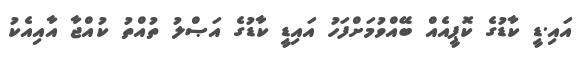
އައި.ޑީ ކާޑުގެ ކޮޕީއެއް ބޭއްވުމަށްފަހު އައިޑީ ކާޑުގެ އަޞްލު ތުއްތު ކުއްޖާ އާއިއެކު